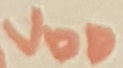
Text: VDD